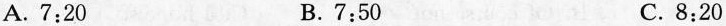
A.7:20 B.7:50 C. 8:20